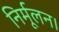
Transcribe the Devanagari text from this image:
निर्मूलन।